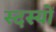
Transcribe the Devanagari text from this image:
स्दस्यों